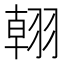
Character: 䎐